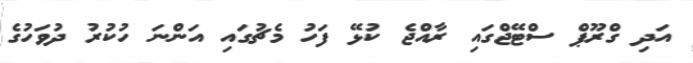
އަދި ގްރޫޕް ސްޓޭޖްގައި ރާއްޖެ ކުޅޭ ފަހު މެޗުގައި އަންނަ ހުކުރު ދުވަހުގެ